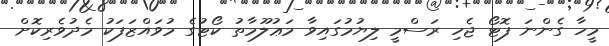
މީހާ ގެންނަ ފޮޓޯ ޖެހި ރަސްމީ ލިޔުމުގައިވާ މަޢުލޫމާތު ކޯޓުގެ މުވައްޒަފަކު މެދުވެރިކޮށް